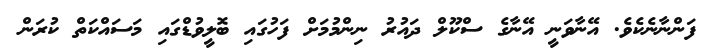
ފަންނާނެކެވެ. އޭނާވަނީ އޭނާގެ ސްކޫލް ދައުރު ނިންމުމަށް ފަހުގައި ބޮލީވުޑްގައި މަސައްކަތް ކުރަން